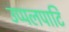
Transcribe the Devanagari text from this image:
उप्पलपाटि